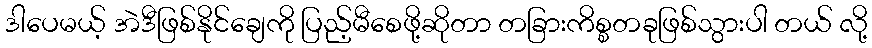
ဒါပေမယ့် အဲဒီဖြစ်နိုင်ချေကို ပြည့်မီစေဖို့ဆိုတာ တခြားကိစ္စတခုဖြစ်သွားပါ တယ် လို့